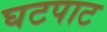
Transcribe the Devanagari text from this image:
घटपाट